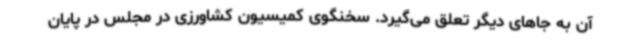
آن به جاهای دیگر تعلق می‌گیرد. سخنگوی کمیسیون کشاورزی در مجلس در پایان